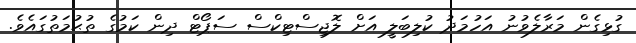
ގުޅިގެން މަރާލެވުނު އަހުމަދު ކުލިބަލީ އަށް ލޮޖިސްޓިކްސް ސަޕޯޓް ދިން ކަމުގެ ތުޙުމަތުގައެވެ.